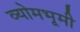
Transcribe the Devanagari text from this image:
व्योमभूमी